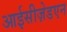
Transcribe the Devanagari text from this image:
आईसीज़ेडएन